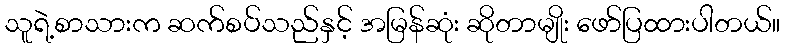
သူရဲ့စာသားက ဆက်စပ်သည်နှင့် အမြန်ဆုံး ဆိုတာမျိုး ဖော်ပြထားပါတယ်။